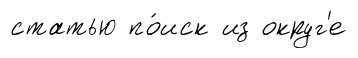
статью по́иск из округ'е